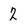
Character: 2